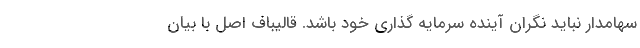
سهامدار نباید نگران آینده سرمایه گذاری خود باشد. قالیباف اصل با بیان